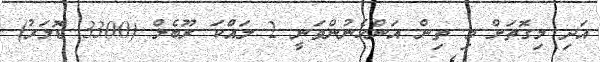
އަދި މިގޮތަށް މި ތިން އަންހެނުންވަނީ 2 ލައްކަ ރޫބެލް (3300 ޑޮލަރު)